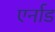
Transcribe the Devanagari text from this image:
एर्नाड